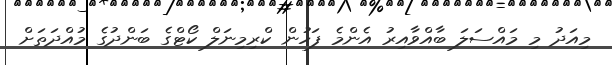
މިއަދު މި މައްސަލަ ބާއްވާއިރު އެންމެ ފަހުން ކްރިިމިނަލް ކޯޓްގެ ބަންދުގެ މުއްދަތަށް